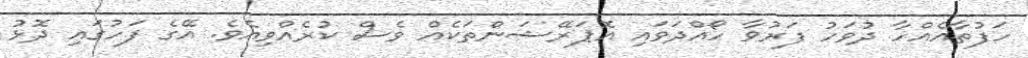
ހަފުތާއެއްހާ ދުވަހު ފަރުވާ ހޯއްދަވައި އޮޕަރޭޝަންތަކެއް ވެސް ކުރެއްވިއެވެ. އޭގެ ފަހުގައި ދޮޅު